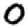
Digit: 0